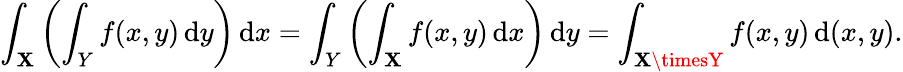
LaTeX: \int_{\mathbf{X}}\left(\int_{Y}f(x,y)\, {\mathrm{{d}}}y\right)\, {\mathrm{{d}}}x=\int_{Y}\left(\int_{\mathbf{X}}f(x,y)\, {\mathrm{{d}}}x\right)\, {\mathrm{{d}}}y=\int_{\mathbf{X}\timesY}f(x,y)\, {\mathrm{{d}}}(x,y).